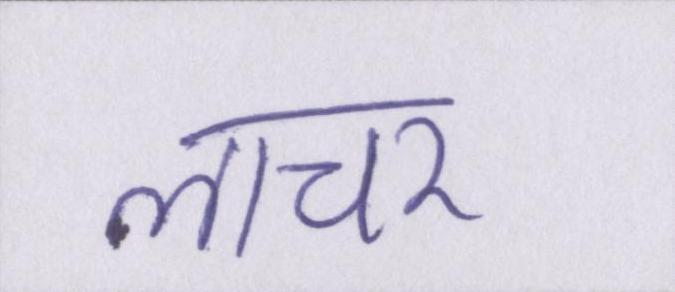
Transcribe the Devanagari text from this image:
लाचर